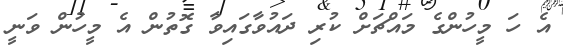
އެ ހަ މީހުންގެ މައްޗަށް ކުރި ދައުވާގައިވާ ގޮތުން އެ މީހުން ވަނީ